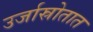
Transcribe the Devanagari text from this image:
उर्जास्रोतात